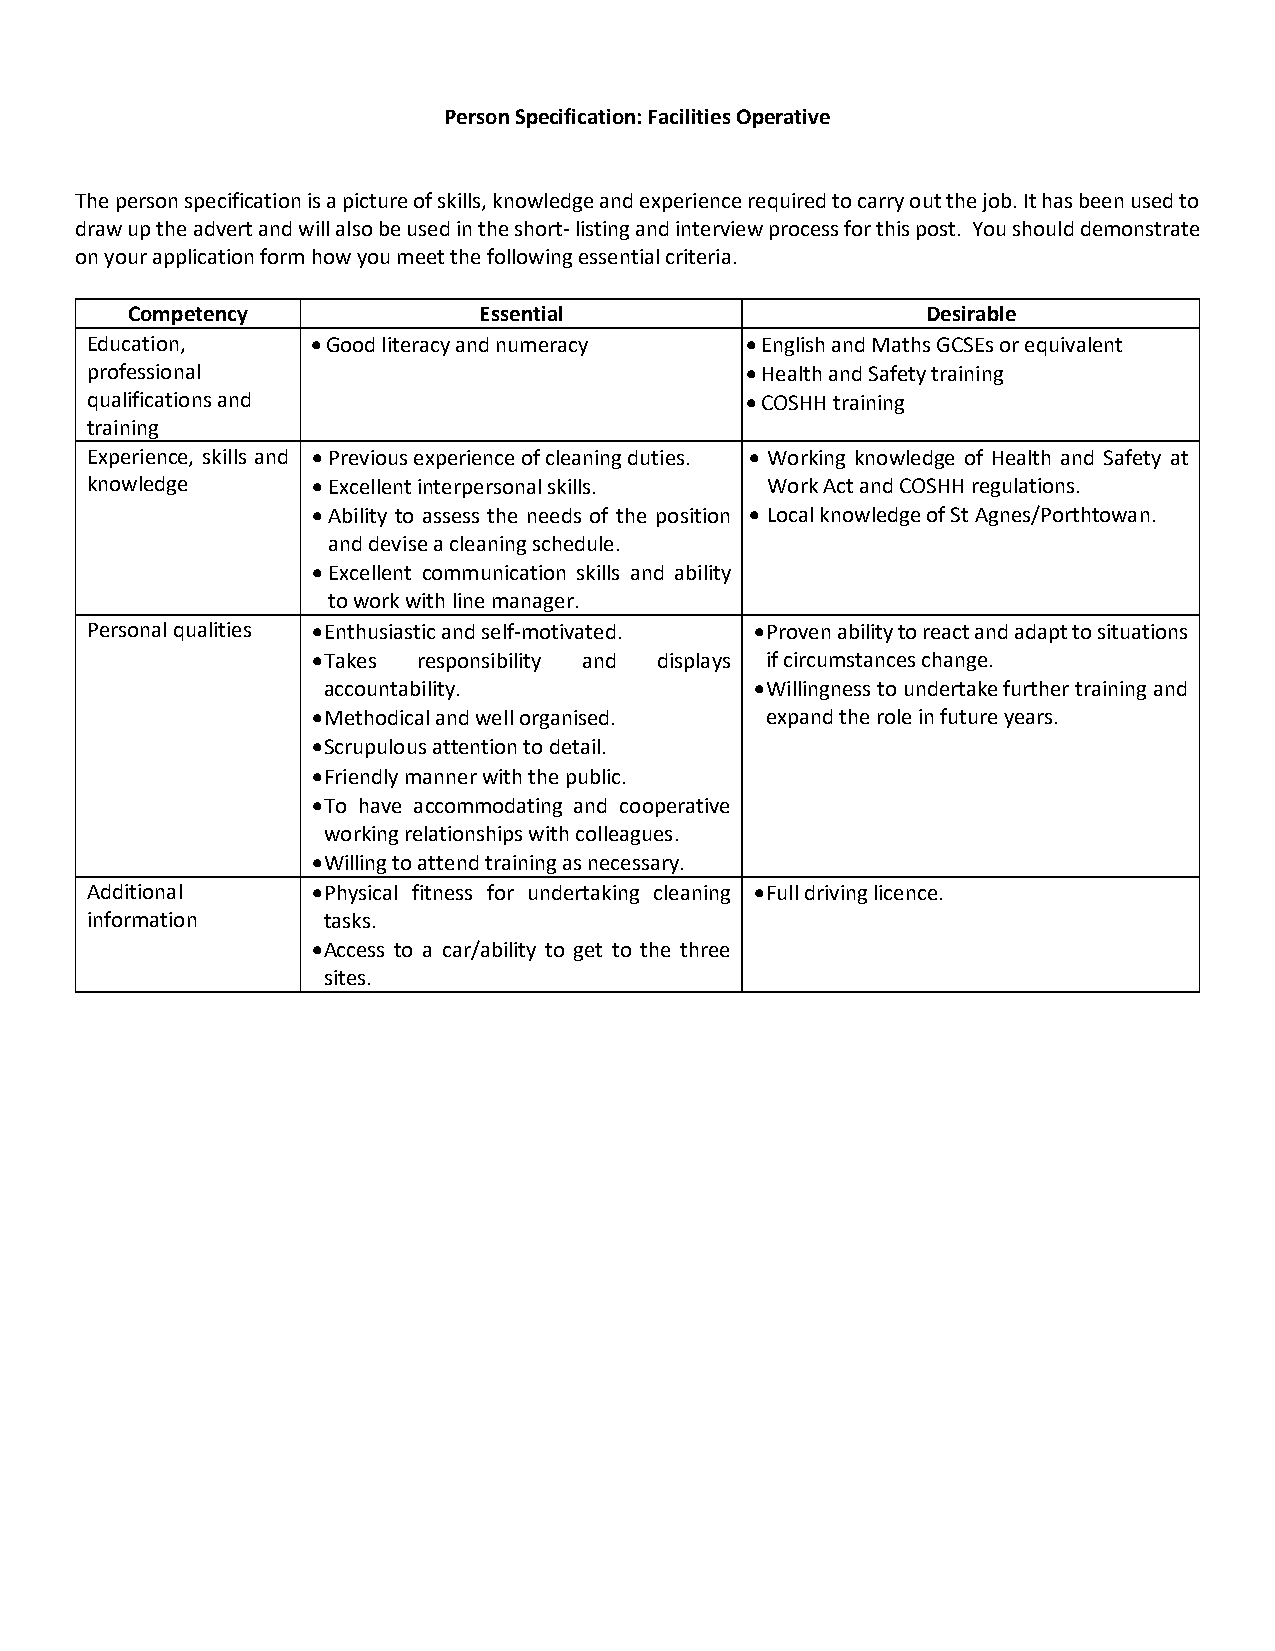
Person Specification: Facilities Operative
 The person specification is a picture of skills, knowledge and experience required to carry out the job. It has been used to
 draw up the advert and will also be used in the short- listing and interview process for this post. You should demonstrate
 on your application form how you meet the following essential criteria.
 Competency              Essential                    Desirable
 Education,     • Good literacy and numeracy • English and Maths GCSEs or equivalent
 professional                               • Health and Safety training
 qualifications and                         • COSHH training
 training
 Experience, skills and • Previous experience of cleaning duties. • Working knowledge of Health and Safety at
 knowledge      • Excellent interpersonal skills. Work Act and COSHH regulations.
 • Ability to assess the needs of the position • Local knowledge of St Agnes/Porthtowan.
 and devise a cleaning schedule.
 • Excellent communication skills and ability
 to work with line manager.
 Personal qualities • Enthusiastic and self-motivated. • Proven ability to react and adapt to situations
 • Takes responsibility and displays if circumstances change.
 accountability.              • Willingness to undertake further training and
 • Methodical and well organised. expand the role in future years.
 • Scrupulous attention to detail.
 • Friendly manner with the public.
 • To have accommodating and cooperative
 working relationships with colleagues.
 • Willing to attend training as necessary.
 Additional     • Physical fitness for undertaking cleaning • Full driving licence.
 information    tasks.
 • Access to a car/ability to get to the three
 sites.